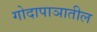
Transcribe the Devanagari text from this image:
गोदापाञातील